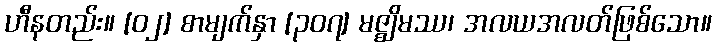
ဟီနတည်း။ [၀၂] စာမျက်နှာ [၃၀၇] မဇ္ဈိမဿ၊ အလယအလတ်ဖြစ်သော။